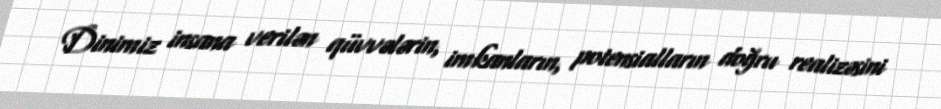
Dinimiz insana verilən qüvvələrin, imkanların, potensialların doğru realizəsini